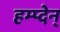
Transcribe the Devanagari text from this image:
हम्प्देन्